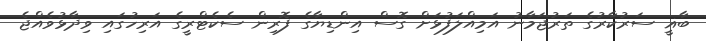
ބާޣީ ސަރުކާރުގެ ތަރުޖަމާނު އަމިއްލަފުޅަށް ގޮސް އިންޑިޔާގެ ފޮރިން ސެކެޓްރީގެ އަރިހުގައި ވިދާޅުވެއްޖެ